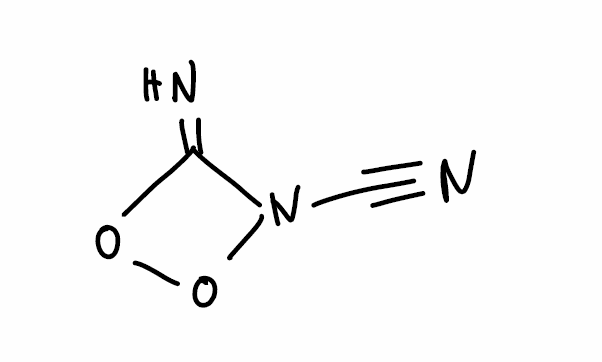
Simplified molecular-input line-entry system (SMILES) notation of the given molecule:
C(#N)N1C(=N)OO1